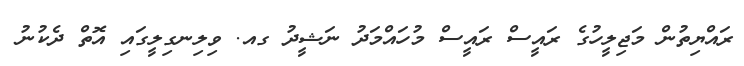
ރައްޔިތުން މަޖިލީހުގެ ރައީސް ރައީސް މުހައްމަދު ނަޝީދު ގއ. ވިލިނގިލީގައި އޮތް ދެކުނު